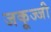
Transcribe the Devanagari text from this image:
जकूज्जी